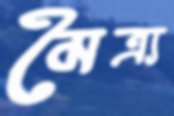
মৈত্র্য